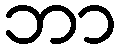
ဘာ